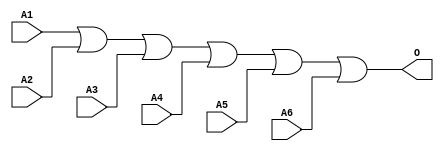
module MJOR6B(A1, A2, A3, A4, A5, A6, O);
input   A1;
input   A2;
input   A3;
input   A4;
input   A5;
input   A6;
output  O;
or g0(O, A1, A2, A3, A4, A5, A6);
endmodule